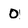
Character: 0